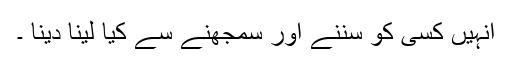
انہیں کسی کو سننے اور سمجھنے سے کیا لینا دینا ۔